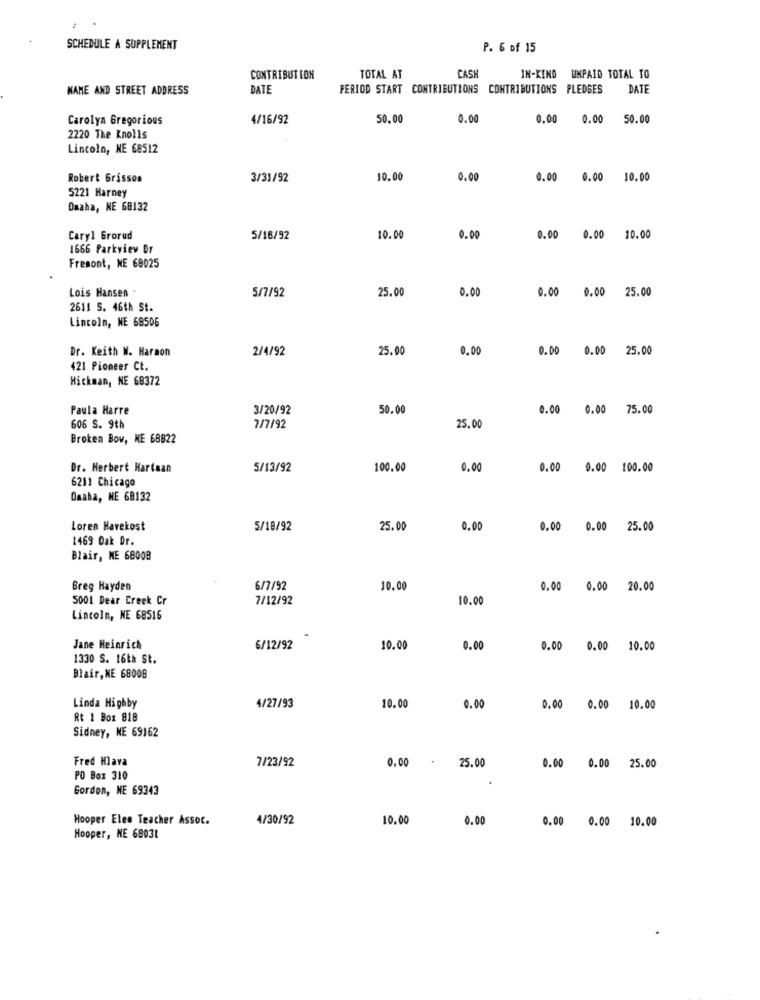
SCHEDULE A SUPPLEMENT
P. 6 of 15
CASH
CONTRIBUTION
TOTAL AT
IN-KIND UNPAID TOTAL TO
KANE AND STREET ADDRESS
DATE
PERIOD START CONTRIBUTIONS CONTRIBUTIONS PLEDGES
DATE
Carolyn Gregorious
4/16/92
50.00
0.00
0.00
0.00
50.00
2220 The Knolls
Lincoln, NE 68512
Robert Grisson
3/31/92
10.00
0.00
0.00 0.00
10.00
5221 Harney
Omaha, NE 68132
Caryl Grorud
5/16/92
10.00
0.00
0.00 0.00 10.00
1666 Parkview Dr
Fremont, NE 68025
Lois Hansen .
0.00
5/7/92
25.00
0.00 0.00 25.00
2611 S. 46th St.
Lincoln, NE 68506
Dr. Keith W. Haraon
2/4/92
25.00
0.00
0.00 0.00 25.00
421 Pioneer Ct.
Hickman, NE 68372
Paula Harre
3/20/92
50.00
0.00 0.00 75.00
606 S. 9th
7/7/92
25.00
Broken Bow, NE 68822
Dr. Herbert Hartman
5/13/92
100.00
0.0
0.00 0.00 100.00
6211 Chicago
Omaha, NE 68132
Loren Havekost
5/18/92
25.00
0.00
0.00 0.00 25.00
1469 Oak Dr.
Blair, ME 68008
Greg Hayden
6/7/92
10.00
0,00 0.00 20.00
5001 Dear Creek Cr
7/12/92
10.00
Lincoln, NE 68516
Jane Heinrich
6/12/92
10.00
0.00
0.00 0.00 10.00
1330 S. 16th St.
Blair, NE 68008
10.00
Linda Highby
4/27/93
0.00
0.00 0.00 10.00
Rt 1 Box 818
Sidney, NE 69162
Fred Hlava
7/23/92
0.00 . 25.00
0.00 0.00 25.00
PO Box 310
Gordon, NE 69343
Hooper Elen Teacher Assoc.
4/30/92
10.00
0.00
0.00 0.00 10.00
Hooper, NE 68031